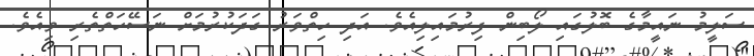
ސަލީމު ނައީމާގެ ބޮލުގައި ލޯބިން ފިރުމައިލިއެވެ. އަދި ހިތްވަރު ގަދަކުރުމަށް ނަސޭހަތްތެރި ވިއެވެ.